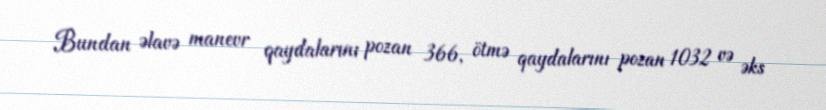
Bundan əlavə manevr qaydalarını pozan 366, ötmə qaydalarını pozan 1032 və əks